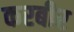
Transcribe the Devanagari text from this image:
करबीर